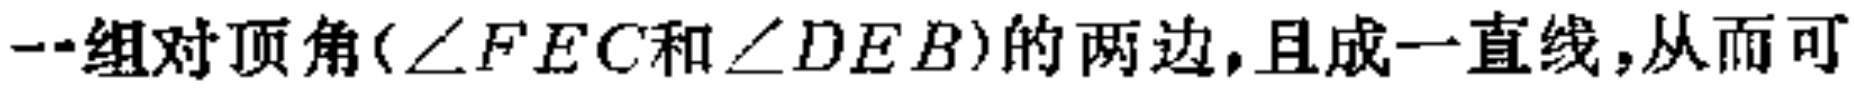
一组对顶角($\angle FEC$和$\angle DEB$)的两边,且成一直线,从而可